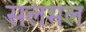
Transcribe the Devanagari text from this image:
सलमल